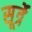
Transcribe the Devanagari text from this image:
सूर्त्रे